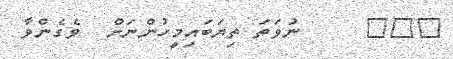
١٥٦     ނުވަތަ ތިޔަބައިމީހުންނަށް  ވެގެންވާ